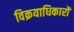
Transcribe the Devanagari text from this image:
विक्रयाधिकारों